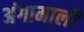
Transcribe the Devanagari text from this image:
अंगामाली